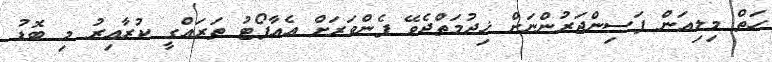
ހަތް މިލިއަން ފަސިންޖަރުންނަށް ޚިދުމަތްދެވޭ ފެންވަރަށް އެއާޕޯޓު ތަރައްގީ ކުރާއިރު މި ބޮޑު